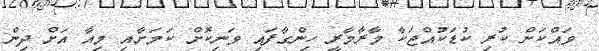
ވައްކަން ކުރި ކުޑަކުއްޖަކާ މާރާމާރީ ހިންގާފައި ވަނިކޮށް ކަމަށާއި މިއާ އަށް ދިން